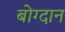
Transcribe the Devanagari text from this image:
बोग्दान